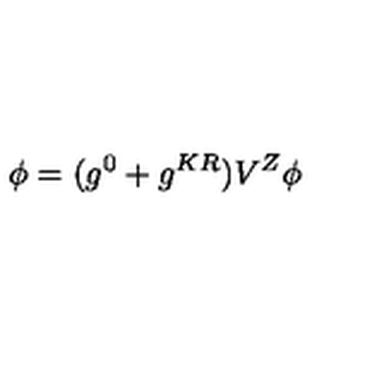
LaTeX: \phi = ( g ^ { 0 } + g ^ { K R } ) V ^ { Z } \phi